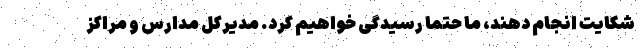
شکایت انجام دهند، ما حتما رسیدگی خواهیم کرد. مدیرکل مدارس و مراکز